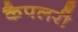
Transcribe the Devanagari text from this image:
कैपलरी